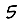
Digit: 5